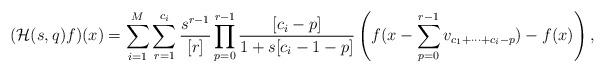
LaTeX: \begin{align*}(\mathcal{H}(s, q)f)(x)=\sum_{i=1}^{M}\sum_{r=1}^{c_{i}}\frac{s^{r-1}}{[r]}\prod_{p=0}^{r-1}\frac{[c_{i}-p]}{1+s[c_{i}-1-p]}\left( f(x-\sum_{p=0}^{r-1}v_{c_{1}+\cdots +c_{i}-p})-f(x) \right), \end{align*}